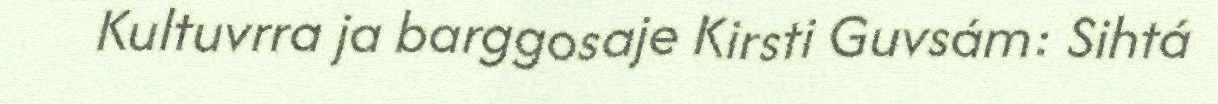
Kultuvrra ja barggosaje Kirsti Guvsám: Sihtá